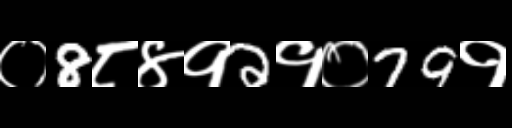
Text: ०8८४१2१०79१